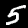
Label: 5